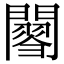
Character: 𨶟